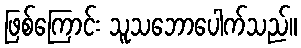
ဖြစ်ကြောင်း သူသဘောပေါက်သည်။